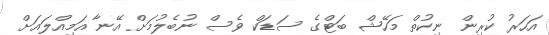
އަހަރު ކުރިން ނިކުތް މަހޭޝް ބަޓްގެ ސަޑަކް ވެސް ނުބެލުމަށް އޭނާ އަމިއްލައަށް